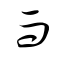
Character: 而